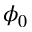
\phi _ { 0 }